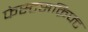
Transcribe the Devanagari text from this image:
फेस्टसक्रिफ्ट